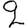
Digit: 2